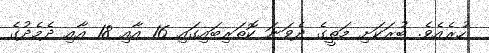
ހުރެއެވެ. ބުރަކަށި މަތީގެ ދެވަނަ ކޮތަރިބައިގައި 16 އާއި 18 އާއި ދެމެދުގެ